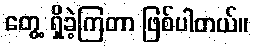
တွေ့ ရှိခဲ့ကြတာ ဖြစ်ပါတယ်။